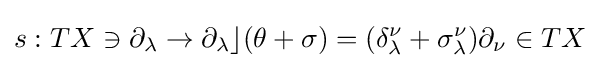
s:TX\ni \partial _{\lambda }\to \partial _{\lambda }\rfloor (\theta +\sigma )=(\delta _{\lambda }^{\nu }+\sigma _{\lambda }^{\nu })\partial _{\nu }\in TX